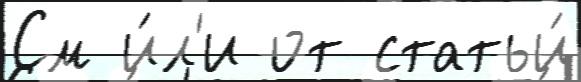
См и́л'и от статьи́